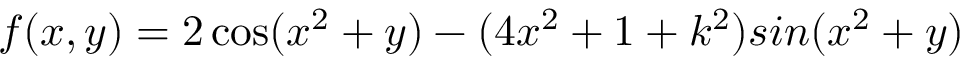
f ( x , y ) = 2 \cos ( x ^ { 2 } + y ) - ( 4 x ^ { 2 } + 1 + k ^ { 2 } ) s i n ( x ^ { 2 } + y )